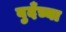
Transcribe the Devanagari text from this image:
बुदँच्या